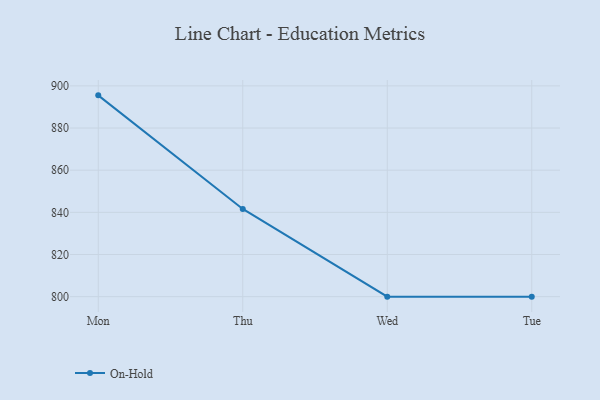
{"axis": {"x": "Day", "y": "Humidity (%)"}, "legend": ["On-Hold"], "data": [{"x": "Mon", "y": 895.5, "type": "On-Hold"}, {"x": "Thu", "y": 841.6, "type": "On-Hold"}, {"x": "Wed", "y": 800, "type": "On-Hold"}, {"x": "Tue", "y": 800, "type": "On-Hold"}]}